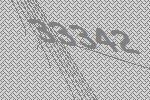
33342